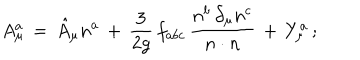
A _ { \mu } ^ { a } \, = \, \hat { A } _ { \mu } n ^ { a } \, + \, \frac { 3 } { 2 g } \, f _ { a b c } \, \frac { n ^ { b } \, \partial _ { \mu } n ^ { c } } { n \cdot n } \, + \, Y _ { \mu } ^ { a } \, ;